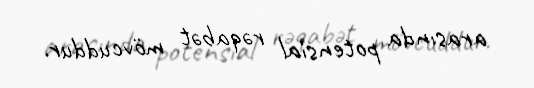
arasında potensial rəqabət mövcuddur.